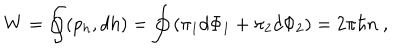
W = \oint ( p _ { h } , d h ) = \oint \left( \pi _ { 1 } d \Phi _ { 1 } + \pi _ { 2 } d \Phi _ { 2 } \right) = 2 \pi \hbar n \ ,